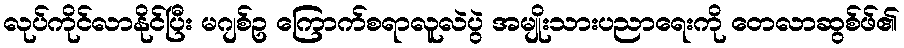
လုပ်ကိုင်လာနိုင်ပြီး မဂျစ်ဥ ကြောက်စရာလူလဲပွဲ အမျိုးသားပညာရေးကို တေလာဆွစ်ဖ်၏